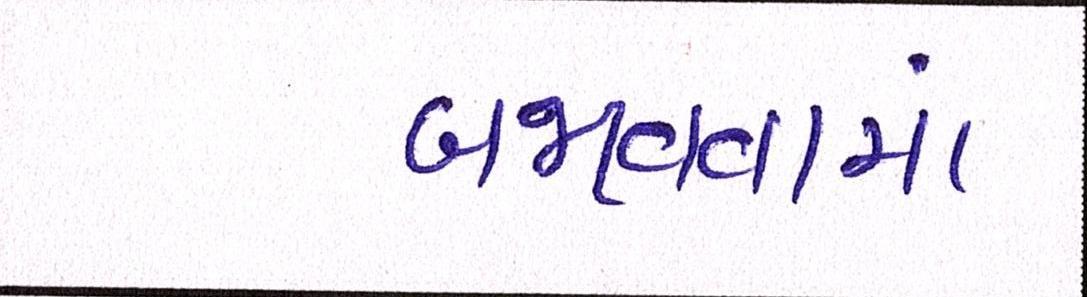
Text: બજાવવામાં